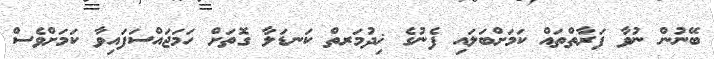
ބޭނުން ނުވާ ފަރާތްތައް ކަމަށްބަލައި ފެނުގެ ޚިދުމަރތް ކަނޑަލާ ގޮތަށް ހަމަޖައްސަފައިވާ ކަމަށްވެސް